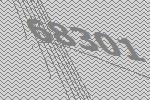
68301